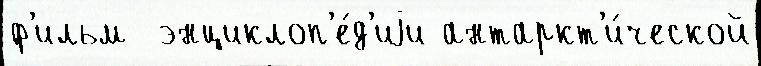
ф'ильм  энциклоп'е́д'иjи антаркт'и́ческой